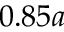
0 . 8 5 a